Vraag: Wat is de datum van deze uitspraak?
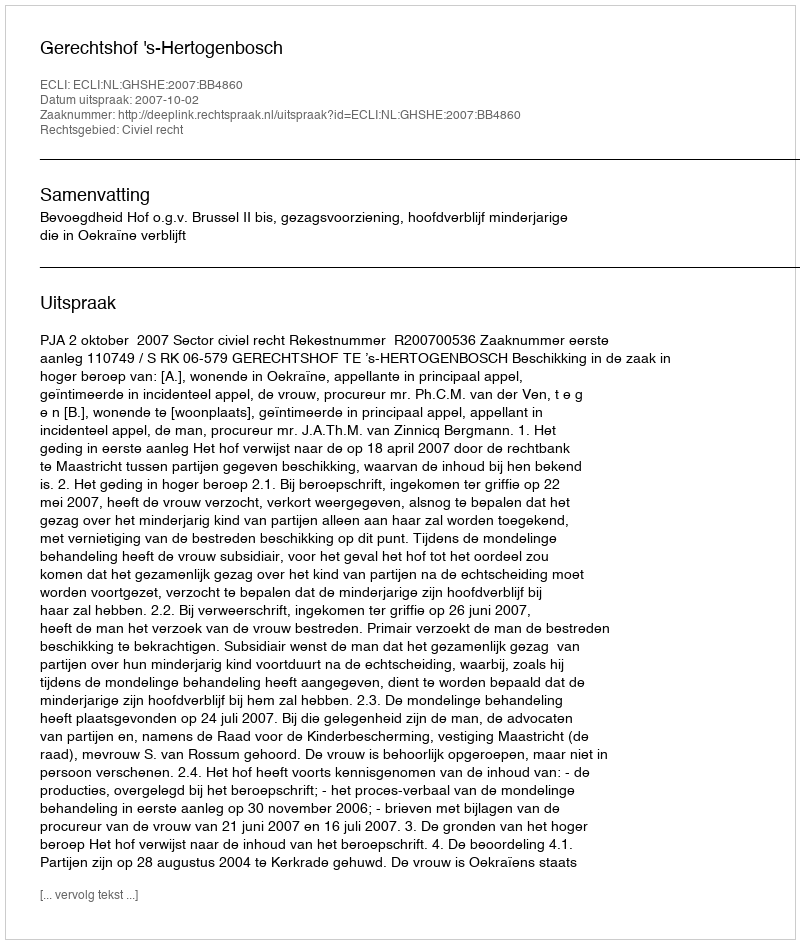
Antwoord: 2007-10-02